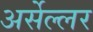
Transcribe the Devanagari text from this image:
अर्सेल्लर